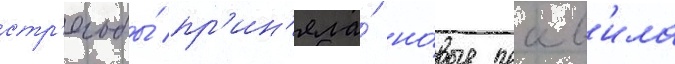
стр'ельбы́ пр'ин'яла́ но́вые прав'ила